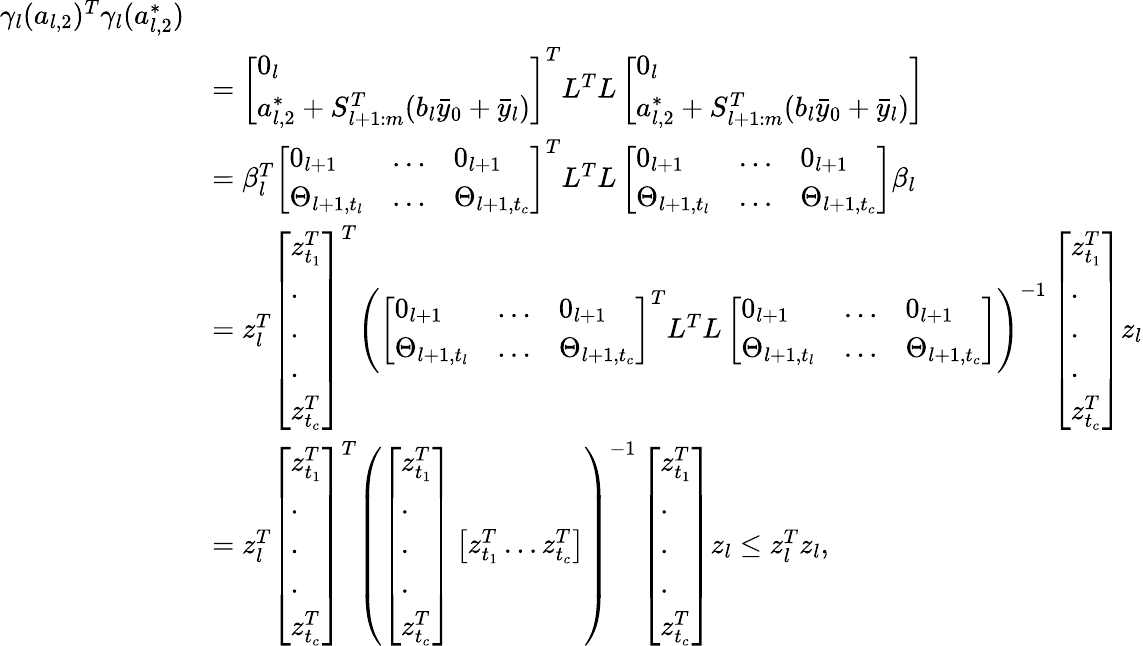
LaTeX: \begin{array}{rl}{\gamma_{l}(a_{l,2})^{T}\gamma_{l}(a_{l,2}^{*})}\\ &{=\left[\begin{array}{l}{0_{l}}\\ {a_{l,2}^{*}+S_{l+1:m}^{T}(b_{l}\bar{y}_{0}+\bar{y}_{l})}\end{array}\right]^{T}L^{T}L\left[\begin{array}{l}{0_{l}}\\ {a_{l,2}^{*}+S_{l+1:m}^{T}(b_{l}\bar{y}_{0}+\bar{y}_{l})}\end{array}\right]}\\ &{=\beta_{l}^{T}\left[\begin{array}{lll}{0_{l+1}}&{\dots}&{0_{l+1}}\\ {\Theta_{l+1,t_{l}}}&{\dots}&{\Theta_{l+1,t_{c}}}\end{array}\right]^{T}L^{T}L\left[\begin{array}{lll}{0_{l+1}}&{\dots}&{0_{l+1}}\\ {\Theta_{l+1,t_{l}}}&{\dots}&{\Theta_{l+1,t_{c}}}\end{array}\right]\beta_{l}}\\ &{=z_{l}^{T}\left[\begin{array}{l}{z_{t_{1}}^{T}}\\ {.}\\ {.}\\ {.}\\ {z_{t_{c}}^{T}}\end{array}\right]^{T}\left(\left[\begin{array}{lll}{0_{l+1}}&{\dots}&{0_{l+1}}\\ {\Theta_{l+1,t_{l}}}&{\dots}&{\Theta_{l+1,t_{c}}}\end{array}\right]^{T}L^{T}L\left[\begin{array}{lll}{0_{l+1}}&{\dots}&{0_{l+1}}\\ {\Theta_{l+1,t_{l}}}&{\dots}&{\Theta_{l+1,t_{c}}}\end{array}\right]\right)^{-1}\left[\begin{array}{l}{z_{t_{1}}^{T}}\\ {.}\\ {.}\\ {.}\\ {z_{t_{c}}^{T}}\end{array}\right]z_{l}}\\ &{=z_{l}^{T}\left[\begin{array}{l}{z_{t_{1}}^{T}}\\ {.}\\ {.}\\ {.}\\ {z_{t_{c}}^{T}}\end{array}\right]^{T}\left(\left[\begin{array}{l}{z_{t_{1}}^{T}}\\ {.}\\ {.}\\ {.}\\ {z_{t_{c}}^{T}}\end{array}\right]\left[\begin{array}{l}{z_{t_{1}}^{T}\dots z_{t_{c}}^{T}}\end{array}\right]\right)^{-1}\left[\begin{array}{l}{z_{t_{1}}^{T}}\\ {.}\\ {.}\\ {.}\\ {z_{t_{c}}^{T}}\end{array}\right]z_{l}\leq z_{l}^{T}z_{l},}\end{array}